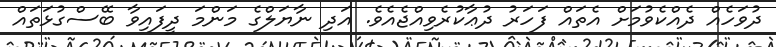
ދުވަހެއް ދެއްކެވުމަށް އެތައް ފަހަރު ދުޢާކުރެވިއްޖެއެވެ. އަދި ނާޔަލްގެ މަންމަ ދީފައިވާ ބޭސްގުޅަތައް